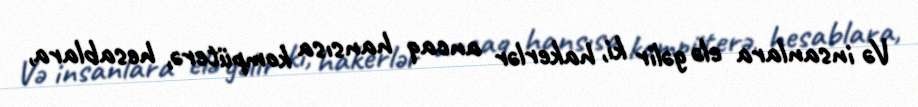
Və insanlara elə gəlir ki, hakerlər ancaq hansısa kompüterə, hesablara,